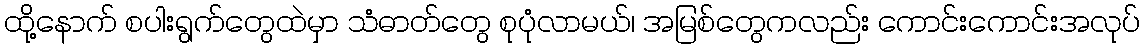
ထို့နောက် စပါးရွက်တွေထဲမှာ သံဓာတ်တွေ စုပုံလာမယ်၊ အမြစ်တွေကလည်း ကောင်းကောင်းအလုပ်